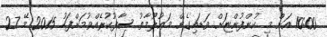
10:00 އަށް މި ކުންފުންޏަށް ވަޑައިގެން މަޢުލޫމާތު ސާފުކުރެއްވުމަށްފަހު 2015 މޭ 27